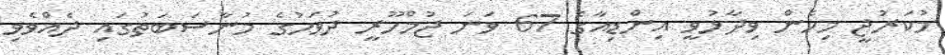
މުކަރުޖީ މިހެން ވިދާޅުވީ އިންޑިއާގެ 67 ވަނަ ޖުމްހޫރީ ދުވަހުގެ މުނާސަބަތުގައި ދެއްވެވި